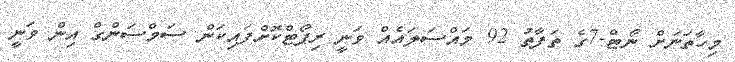
މިހާތަނަށް ނޯޓް-7ގެ ތަފާތު 92 މައްސަލައެއް ވަނީ ރިޕޯޓްކޮށްފައިކަން ސަމްސަންގް އިން ވަނީ